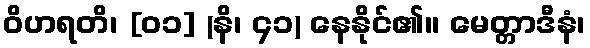
ဝိဟရတိ၊ [၀၁] (နိ၊ ၄၁) နေနိုင်၏။ မေတ္တာဒီနံ၊